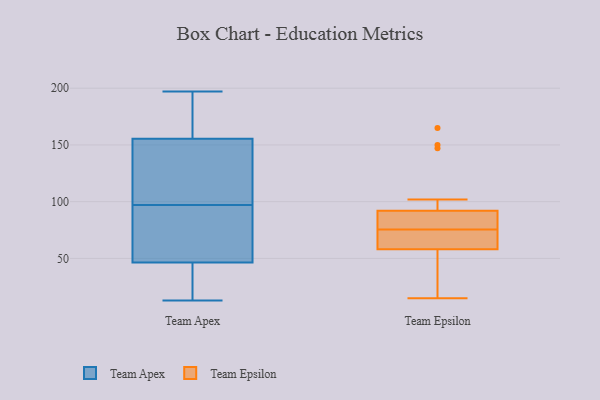
{"axis": {"x": "Temperature (°C)", "y": "Value"}, "legend": ["Team Apex", "Team Epsilon"], "data": [{"x": "", "y": 112, "type": "Team Apex"}, {"x": "", "y": 18, "type": "Team Apex"}, {"x": "", "y": 14, "type": "Team Apex"}, {"x": "", "y": 161, "type": "Team Apex"}, {"x": "", "y": 72, "type": "Team Apex"}, {"x": "", "y": 76, "type": "Team Apex"}, {"x": "", "y": 150, "type": "Team Apex"}, {"x": "", "y": 192, "type": "Team Apex"}, {"x": "", "y": 111, "type": "Team Apex"}, {"x": "", "y": 136, "type": "Team Apex"}, {"x": "", "y": 84, "type": "Team Apex"}, {"x": "", "y": 185, "type": "Team Apex"}, {"x": "", "y": 197, "type": "Team Apex"}, {"x": "", "y": 20, "type": "Team Apex"}, {"x": "", "y": 168, "type": "Team Apex"}, {"x": "", "y": 50, "type": "Team Apex"}, {"x": "", "y": 43, "type": "Team Apex"}, {"x": "", "y": 13, "type": "Team Apex"}, {"x": "", "y": 110, "type": "Team Apex"}, {"x": "", "y": 56, "type": "Team Apex"}, {"x": "", "y": 22, "type": "Team Epsilon"}, {"x": "", "y": 80, "type": "Team Epsilon"}, {"x": "", "y": 23, "type": "Team Epsilon"}, {"x": "", "y": 147, "type": "Team Epsilon"}, {"x": "", "y": 15, "type": "Team Epsilon"}, {"x": "", "y": 63, "type": "Team Epsilon"}, {"x": "", "y": 102, "type": "Team Epsilon"}, {"x": "", "y": 85, "type": "Team Epsilon"}, {"x": "", "y": 70, "type": "Team Epsilon"}, {"x": "", "y": 165, "type": "Team Epsilon"}, {"x": "", "y": 92, "type": "Team Epsilon"}, {"x": "", "y": 150, "type": "Team Epsilon"}, {"x": "", "y": 84, "type": "Team Epsilon"}, {"x": "", "y": 65, "type": "Team Epsilon"}, {"x": "", "y": 75, "type": "Team Epsilon"}, {"x": "", "y": 76, "type": "Team Epsilon"}, {"x": "", "y": 58, "type": "Team Epsilon"}, {"x": "", "y": 49, "type": "Team Epsilon"}]}